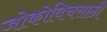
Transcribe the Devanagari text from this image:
जोकोविचसाठी